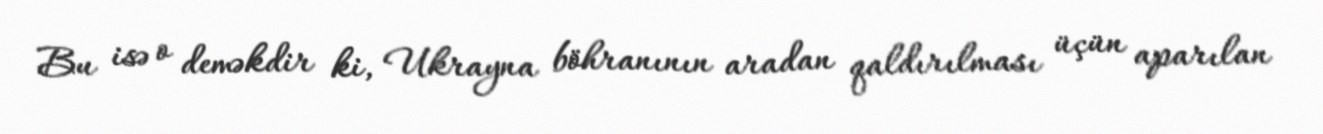
Bu isə o deməkdir ki, Ukrayna böhranının aradan qaldırılması üçün aparılan